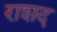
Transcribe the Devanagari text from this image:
राशद